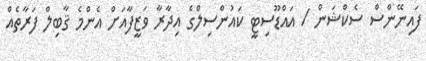
ފައިނޭންސް ސެކްޝަން / އައްޑޫސިޓީ ކައުންސިލްގެ އިދާރާ ވަޒީފާއަށް އެންމެ ޤާބިލް ފަރާތެއް